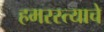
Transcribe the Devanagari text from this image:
हमरस्त्याचे